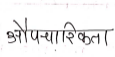
मजकूर: औपचारिकता